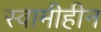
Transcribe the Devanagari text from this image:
स्वामीहीन